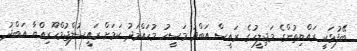
ބޭފުޅަކީ ރައްޔިތުންގެ މަޖިލީހުގެ ރައީސް އަބްދު މަސީހު މުހައްމަދު ކަމަށް ރައީސުލްޖުމްހޫރިއްޔާ އަބްދު